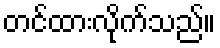
တင်ထားလိုက်သည်။